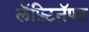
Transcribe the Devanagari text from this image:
लॅफ़्टिनॅण्ट